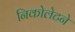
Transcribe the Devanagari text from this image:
निकोलेटने